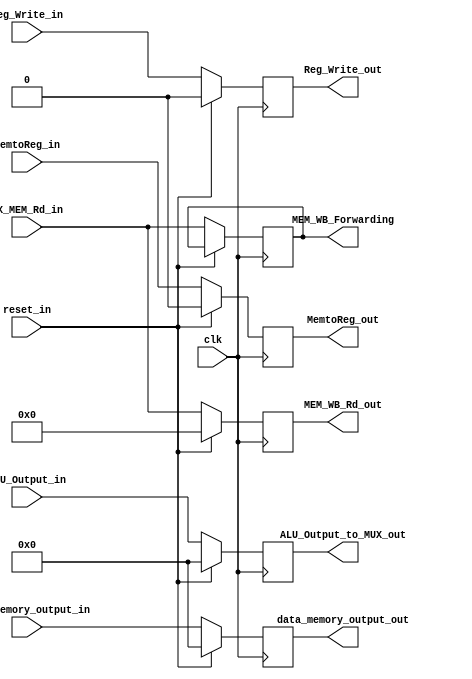
module MEM_WB(MEM_WB_Rd_out,MEM_WB_Forwarding, Reg_Write_out, MemtoReg_out, data_memory_output_out, ALU_Output_to_MUX_out, Reg_Write_in, MemtoReg_in, clk, data_memory_output_in, ALU_Output_in, EX_MEM_Rd_in,reset_in);
	parameter n = 32;

	input Reg_Write_in, MemtoReg_in, clk,reset_in;
	input [n-1:0] data_memory_output_in, ALU_Output_in; 
	input [4:0] EX_MEM_Rd_in;//address length of 5
	output reg [4:0] MEM_WB_Rd_out,MEM_WB_Forwarding; 
	output reg Reg_Write_out, MemtoReg_out;
	output reg [n-1:0] data_memory_output_out, ALU_Output_to_MUX_out;

	always@(posedge clk) begin
		if(reset_in)begin
			{Reg_Write_out, MemtoReg_out} <= 2'b00; //reset all signals and reset pipeline register
			MEM_WB_Rd_out <= {4{1'b0}};
			{data_memory_output_out, ALU_Output_to_MUX_out} <= {n{1'b0}};
		end
		else begin //assign inputs to outputs
			Reg_Write_out <= Reg_Write_in;
			MemtoReg_out  <= MemtoReg_in; //Control signal for the WB MUX
			data_memory_output_out <= data_memory_output_in;
			ALU_Output_to_MUX_out <= ALU_Output_in;
			MEM_WB_Rd_out <= EX_MEM_Rd_in;
			MEM_WB_Forwarding <= EX_MEM_Rd_in;
		end 
	end 
endmodule
/*module MEM_WB(MEM_WB_Rd_out, Reg_Write_out, MemtoReg_out, data_memory_output_out, ALU_Output_to_MUX_out, Reg_Write_in, MemtoReg_in, clk, data_memory_output_in, ALU_Output_in, EX_MEM_Rd_in);
parameter n = 32;

input Reg_Write_in, MemtoReg_in, clk;
input [n-1:0] data_memory_output_in, ALU_Output_in; 
input [4:0] EX_MEM_Rd_in;
output reg [4:0] MEM_WB_Rd_out; 
output reg Reg_Write_out, MemtoReg_out;
output reg [n-1:0] data_memory_output_out, ALU_Output_to_MUX_out;

always@(posedge clk) begin
	//if(reset_in == 1'b1)begin
		//state_internal <= 0; //reset all signals and reset pipeline register
	//end
	//else begin //assign inputs to outputs
	Reg_Write_out <= Reg_Write_in;
	MemtoReg_out  <= MemtoReg_in; //Control signal for the WB MUX
	data_memory_output_out <= data_memory_output_in;
	ALU_Output_to_MUX_out <= ALU_Output_in;
	MEM_WB_Rd_out <= EX_MEM_Rd_in;
	end 
endmodule*/